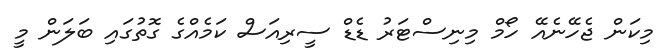
މިކަން ޖެހޭނެއޭ ހޯމް މިނިސްޓަރު ޑެޑް ސީރިއަސް ކަމެއްގެ ގޮތުގައި ބަލަން މީ